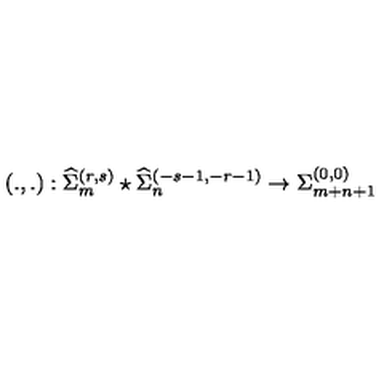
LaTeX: \left( . , . \right) : { \widehat \Sigma } _ { m } ^ { ( r , s ) } \star { \widehat \Sigma } _ { n } ^ { ( - s - 1 , - r - 1 ) } \rightarrow { \Sigma } _ { m + n + 1 } ^ { ( 0 , 0 ) }